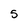
Character: 5